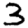
Digit: 3